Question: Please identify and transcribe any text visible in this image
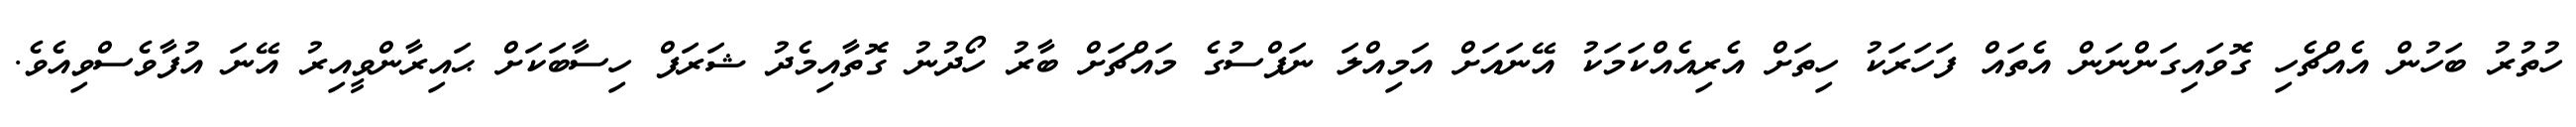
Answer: ހުތުރު ބަހުން އެއްޗެހި ގޮވައިގަންނަން އެތައް ފަހަރަކު ހިތަށް އެރިއެއްކަމަކު އޭނައަށް އަމިއްލަ ނަފްސުގެ މައްޗަށް ބާރު ހޯދުނު ގޮތާއިމެދު ޝަރަފް ހިސާބަކަށް ޙައިރާންވީއިރު އޭނަ އުފާވެސްވިއެވެ.